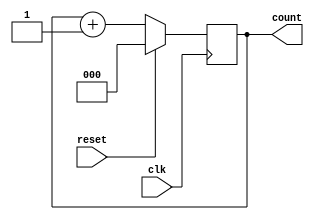
module up_counter (
    input wire clk,          // Clock input
    input wire reset,        // Synchronous reset input
    output reg [2:0] count   // 3-bit output representing the current count
);

// State transition logic
always @(posedge clk) begin
    if (reset) begin
        count <= 3'b000; // Reset state to 0
    end else begin
        count <= count + 1; // Increment count
    end
end

endmodule